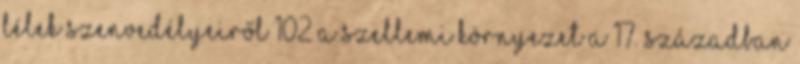
lélek szenvedélyeiről 102 A szellemi környezet a 17. században